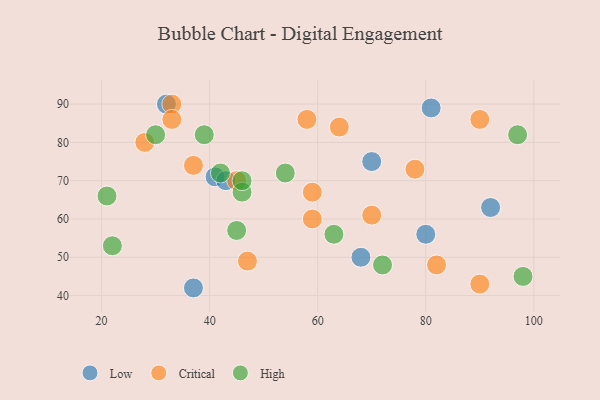
{"axis": {"x": "GDP", "y": "Life Expectancy"}, "legend": ["Critical", "High", "Low"], "data": [{"x": "70", "y": 75, "type": "Low"}, {"x": "68", "y": 50, "type": "Low"}, {"x": "41", "y": 71, "type": "Low"}, {"x": "92", "y": 63, "type": "Low"}, {"x": "81", "y": 89, "type": "Low"}, {"x": "37", "y": 42, "type": "Low"}, {"x": "43", "y": 70, "type": "Low"}, {"x": "80", "y": 56, "type": "Low"}, {"x": "32", "y": 90, "type": "Low"}, {"x": "45", "y": 70, "type": "Critical"}, {"x": "78", "y": 73, "type": "Critical"}, {"x": "59", "y": 67, "type": "Critical"}, {"x": "33", "y": 90, "type": "Critical"}, {"x": "64", "y": 84, "type": "Critical"}, {"x": "82", "y": 48, "type": "Critical"}, {"x": "90", "y": 43, "type": "Critical"}, {"x": "58", "y": 86, "type": "Critical"}, {"x": "70", "y": 61, "type": "Critical"}, {"x": "90", "y": 86, "type": "Critical"}, {"x": "37", "y": 74, "type": "Critical"}, {"x": "59", "y": 60, "type": "Critical"}, {"x": "28", "y": 80, "type": "Critical"}, {"x": "47", "y": 49, "type": "Critical"}, {"x": "33", "y": 86, "type": "Critical"}, {"x": "42", "y": 72, "type": "High"}, {"x": "22", "y": 53, "type": "High"}, {"x": "30", "y": 82, "type": "High"}, {"x": "97", "y": 82, "type": "High"}, {"x": "54", "y": 72, "type": "High"}, {"x": "45", "y": 57, "type": "High"}, {"x": "46", "y": 67, "type": "High"}, {"x": "98", "y": 45, "type": "High"}, {"x": "39", "y": 82, "type": "High"}, {"x": "46", "y": 70, "type": "High"}, {"x": "72", "y": 48, "type": "High"}, {"x": "63", "y": 56, "type": "High"}, {"x": "21", "y": 66, "type": "High"}]}